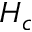
H _ { c }